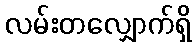
လမ်းတလျှောက်ရှိ